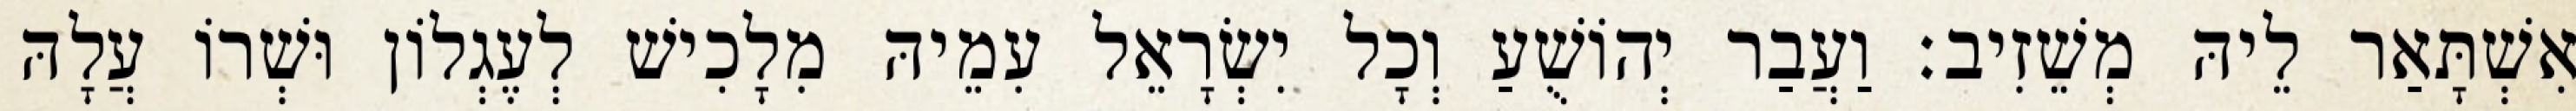
אִשְׁתָּאַר לֵיהּ מְשֵׁזִיב׃ וַעֲבַר יְהוֹשֻׁעַ וְכָל יִשְׂרָאֵל עִמֵיהּ מִלָכִישׁ לְעֶגְלוֹן וּשְׁרוֹ עֲלָהּ